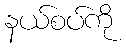
နယ်စပ်ကို